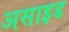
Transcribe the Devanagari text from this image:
असाइड